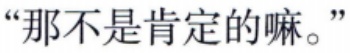
“那不是肯定的嘛。”